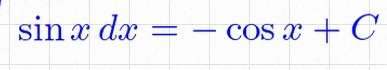
\int \sin x\,dx=-\cos x+C